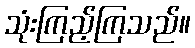
သုံးကြည့်ကြသည်။